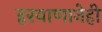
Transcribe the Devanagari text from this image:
हरयाणानेही